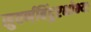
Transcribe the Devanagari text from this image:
सुवर्णबिंदुरक्षोभ्यः